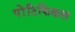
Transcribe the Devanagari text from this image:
पोंटिफिकल